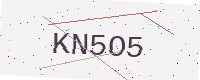
Text: KN5O5